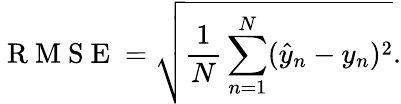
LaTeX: \mathrm{~R~M~S~E~}=\sqrt{\frac{1}{N}\sum_{n=1}^{N}(\hat{y}_{n}-y_{n})^{2}}.